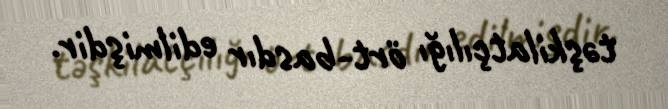
təşkilatçılığı ört-basdır edilmişdir.